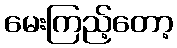
မေးကြည့်တော့